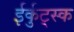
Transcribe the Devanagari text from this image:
ईर्कुट्स्क